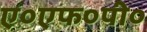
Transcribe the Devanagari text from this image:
ए०एफ०पी०